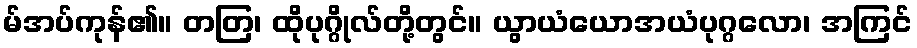
မ်အပ်ကုန်၏။ တတြ၊ ထိုပုဂ္ဂိုလ်တို့တွင်။ ယွာယံယောအယံပုဂ္ဂလော၊ အကြင်